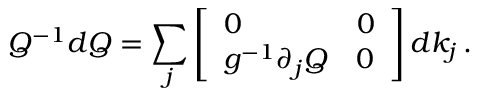
Q ^ { - 1 } d Q = \sum _ { j } \left[ \begin{array} { l l } { 0 } & { 0 } \\ { g ^ { - 1 } \partial _ { j } Q } & { 0 } \end{array} \right] d k _ { j } \, .